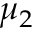
\mu _ { 2 }